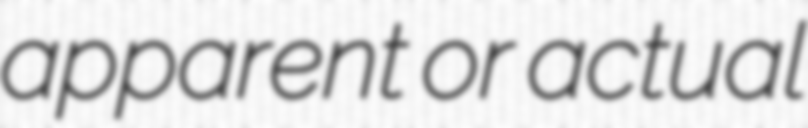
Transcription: apparent or actual